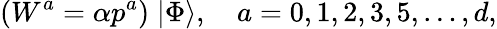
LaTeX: (W^{a}=\alpha p^{a})\; |\Phi\rangle,\quad a=0,1,2,3,5,\dots,d,